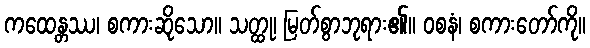
ကထေန္တဿ၊ စကားဆိုသော။ သတ္ထု၊ မြတ်စွာဘုရား၏။ ဝစနံ၊ စကားတော်ကို။